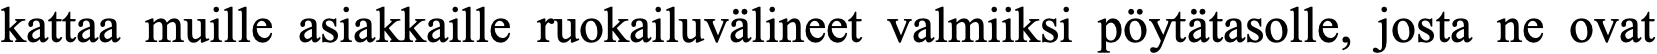
kattaa muille asiakkaille ruokailuvälineet valmiiksi pöytätasolle, josta ne ovat